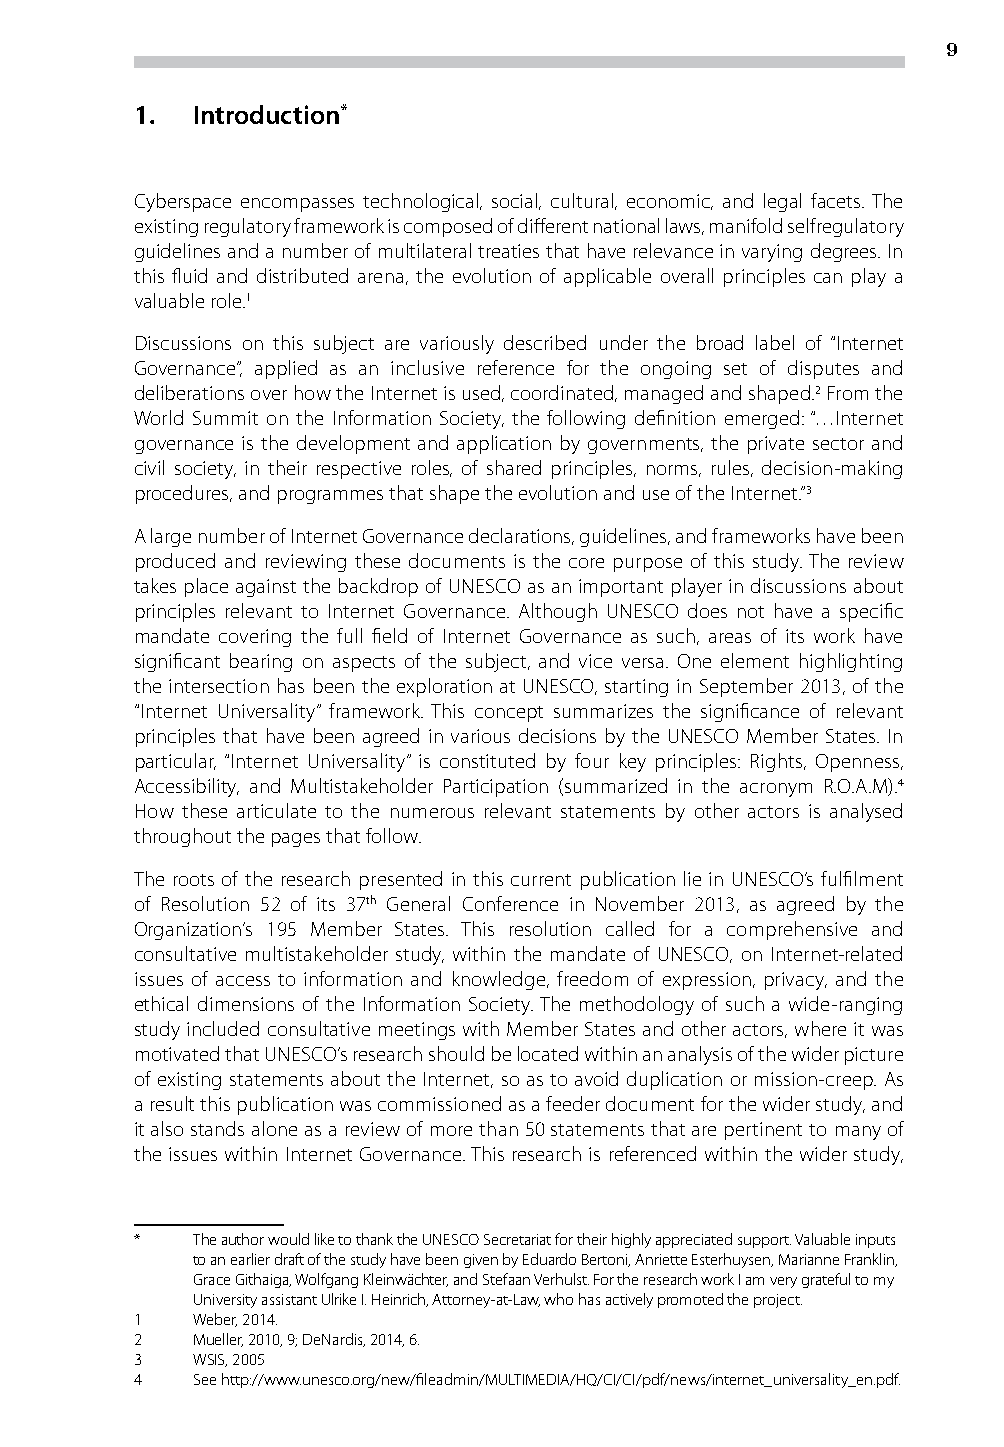
9
 1.  Introduction*
 Cyberspace encompasses technological, social, cultural, economic, and legal facets. The
 existing regulatory framework is composed of different national laws, manifold selfregulatory
 guidelines and a number of multilateral treaties that have relevance in varying degrees. In
 this fluid and distributed arena, the evolution of applicable overall principles can play a
 valuable role.1
 Discussions on this subject are variously described under the broad label of “Internet
 Governance”, applied as an inclusive reference for the ongoing set of disputes and
 deliberations over how the Internet is used, coordinated, managed and shaped.2 From the
 World Summit on the Information Society, the following definition emerged: “…Internet
 governance is the development and application by governments, the private sector and
 civil society, in their respective roles, of shared principles, norms, rules, decision-making
 procedures, and programmes that shape the evolution and use of the Internet.”3
 A large number of Internet Governance declarations, guidelines, and frameworks have been
 produced and reviewing these documents is the core purpose of this study. The review
 takes place against the backdrop of UNESCO as an important player in discussions about
 principles relevant to Internet Governance. Although UNESCO does not have a specific
 mandate covering the full field of Internet Governance as such, areas of its work have
 significant bearing on aspects of the subject, and vice versa. One element highlighting
 the intersection has been the exploration at UNESCO, starting in September 2013, of the
 “Internet Universality” framework. This concept summarizes the significance of relevant
 principles that have been agreed in various decisions by the UNESCO Member States. In
 particular, “Internet Universality” is constituted by four key principles: Rights, Openness,
 Accessibility, and Multistakeholder Participation (summarized in the acronym R.O.A.M).4
 How these articulate to the numerous relevant statements by other actors is analysed
 throughout the pages that follow.
 The roots of the research presented in this current publication lie in UNESCO’s fulfilment
 of Resolution 52 of its 37th General Conference in November 2013, as agreed by the
 Organization’s 195 Member States. This resolution called for a comprehensive and
 consultative multistakeholder study, within the mandate of UNESCO, on Internet-related
 issues of access to information and knowledge, freedom of expression, privacy, and the
 ethical dimensions of the Information Society. The methodology of such a wide-ranging
 study included consultative meetings with Member States and other actors, where it was
 motivated that UNESCO’s research should be located within an analysis of the wider picture
 of existing statements about the Internet, so as to avoid duplication or mission-creep. As
 a result this publication was commissioned as a feeder document for the wider study, and
 it also stands alone as a review of more than 50 statements that are pertinent to many of
 the issues within Internet Governance. This research is referenced within the wider study,
 *   The author would like to thank the UNESCO Secretariat for their highly appreciated support. Valuable inputs
 to an earlier draft of the study have been given by Eduardo Bertoni, Anriette Esterhuysen, Marianne Franklin,
 Grace Githaiga, Wolfgang Kleinwächter, and Stefaan Verhulst. For the research work I am very grateful to my
 University assistant Ulrike I. Heinrich, Attorney-at-Law, who has actively promoted the project.
 1   Weber, 2014.
 2   Mueller, 2010, 9; DeNardis, 2014, 6.
 3   WSIS, 2005
 4   See http://www.unesco.org/new/fileadmin/MULTIMEDIA/HQ/CI/CI/pdf/news/internet_universality_en.pdf.